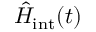
\hat { H } _ { \mathrm { i n t } } ( t )